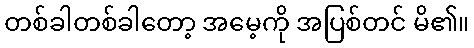
တစ်ခါတစ်ခါတော့ အမေ့ကို အပြစ်တင် မိ၏။